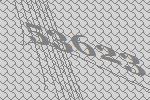
53623